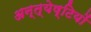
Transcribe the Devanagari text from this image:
अन्त्येष्टियों